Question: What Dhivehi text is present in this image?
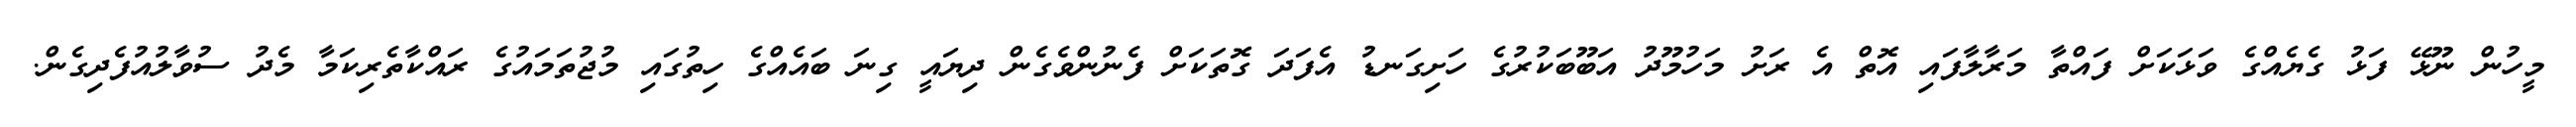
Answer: މީހުން ނޫޅޭ ފަޅު ގެޔެއްގެ ވަޅަކަށް ފައްތާ މަރާލާފައި އޮތް އެ ރަށު މަހުމޫދު އަބޫބަކުރުގެ ހަށިގަނޑު އެފަދަ ގޮތަކަށް ފެނުންވެގެން ދިޔައީ ގިނަ ބައެއްގެ ހިތުގައި މުޖުތަމައުގެ ރައްކާތެރިކަމާ މެދު ސުވާލުއުފެދިގެން.